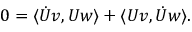
0 = \langle \Dot { U } v , U w \rangle + \langle U v , \Dot { U } w \rangle .